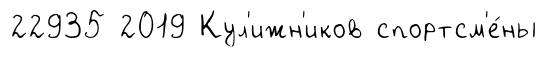
22935 2019 Кул'ижн'иков спортсм'е́ны